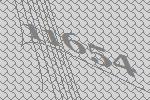
11654